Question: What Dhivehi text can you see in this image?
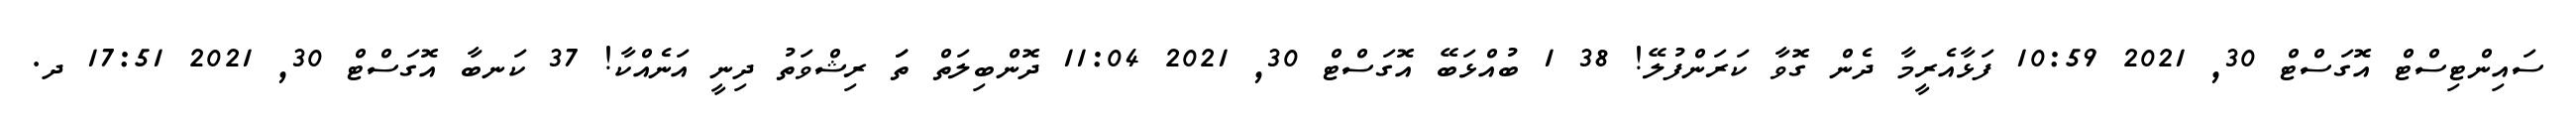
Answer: ސައިންޓިސްޓް އޮގަސްޓް 30, 2021 10:59 ފަޅާއެރީމާ ދެން ގޮވާ ކަރަންފުލޭ! 38 1 ބުއްޅަބޭ އޮގަސްޓް 30, 2021 11:04 ދޮންބިލަތް ތަަ ރިޝްވަތު ދިނީ އަނެއްކާ! 37 ކަނބާ އޮގަސްޓް 30, 2021 17:51 ދ.